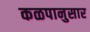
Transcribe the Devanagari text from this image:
कळपानुसार